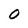
Character: 0